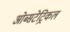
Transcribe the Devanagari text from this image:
ओब्सटेट्रिकल